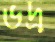
ভদ্র্র